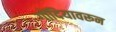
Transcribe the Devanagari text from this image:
गोंदियावरून